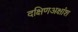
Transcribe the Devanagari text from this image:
दक्षिणअक्षांश